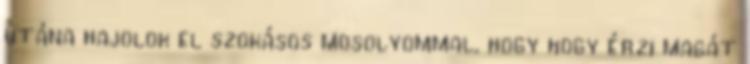
utána hajolok el szokásos mosolyommal, hogy hogy érzi magát